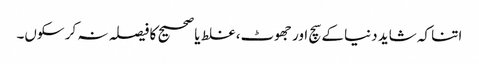
اتنا کہ شاید دنیا کے سچ اور جھوٹ، غلط یا صحیح کا فیصلہ نہ کر سکوں۔